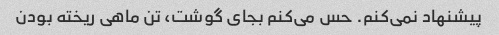
پیشنهاد نمی‌کنم. حس می‌کنم بجای گوشت، تن ماهی ریخته بودن